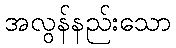
အလွန်နည်းသော